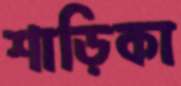
শাড়িকা